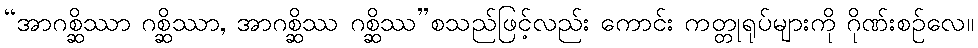
“အာဂစ္ဆိဿာ ဂစ္ဆိဿာ, အာဂစ္ဆိဿ ဂစ္ဆိဿ”စသည်ဖြင့်လည်း ကောင်း ကတ္တုရုပ်များကို ဂိုဏ်းစဉ်လေ။